Annual report on the working of the Harcourt Butler Institute of Public Health, Rangoon
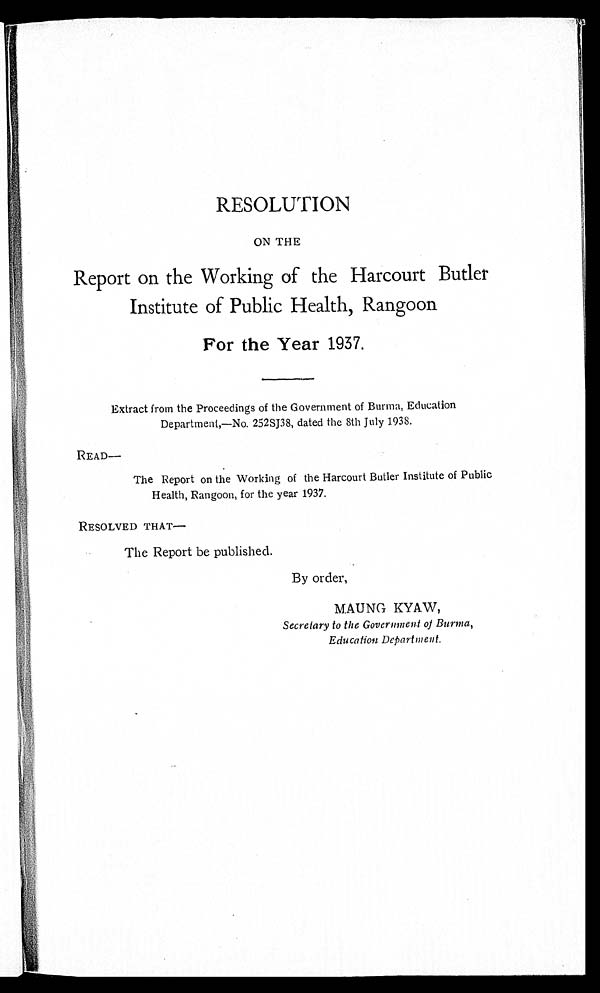
RESOLUTION
ON THE
Report on the Working of the Harcourt Butler
Institute of Public Health, Rangoon
For the Year 1937.
Extract from the Proceedings of the Government of Burma, Education
Department,—No. 252SJ38, dated the 8th July 1938.
READ—
The Report on the Working of the Harcourt Butler Institute of Public
Health, Rangoon, for the year 1937.
RESOLVED THAT—
The Report be published.
By order,
MAUNG KYAW,
Secretary to the Government of Burma,
Education Department.